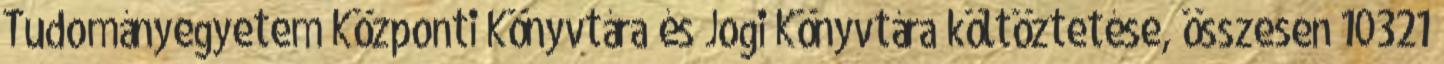
Tudományegyetem Központi Könyvtára és Jogi Könyvtára költöztetése, összesen 10321